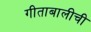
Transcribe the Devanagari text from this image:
गीताबालीची